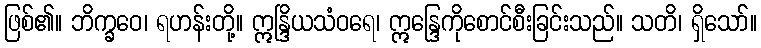
ဖြစ်၏။ ဘိက္ခဝေ၊ ရဟန်းတို့။ ဣန္ဒြိယသံဝရေ၊ ဣန္ဒြေကိုစောင်စီးခြင်းသည်။ သတိ၊ ရှိသော်။